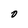
Character: 0